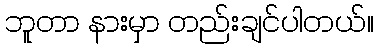
ဘူတာ နားမှာ တည်းချင်ပါတယ်။